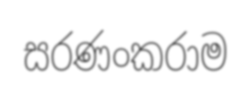
සරණංකරාම